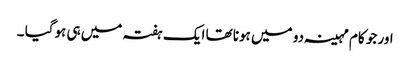
اور جو کام مہینہ دو میں ہونا تھا ایک ہفتہ میں ہی ہوگیا ۔